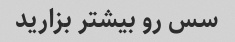
سس رو بیشتر بزارید